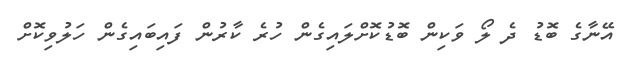
އޭނާގެ ބޮޑު ދެ ލޯ ވަކިން ބޮޑުކޮށްލައިގެން ހުރެ ކާރުން ފައިބައިގެން ހަލުވިކޮށް